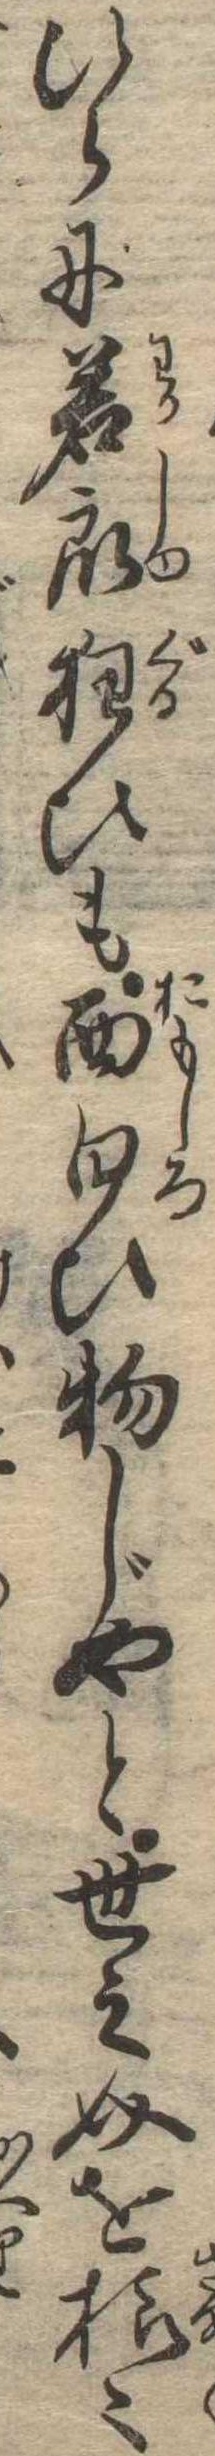
ひらに若衆狂ひも面白ひ物じやと世之介を様〻